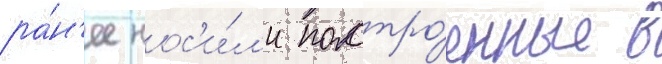
ра́н'ее нос'и́л'и постро́енные в